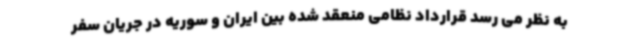
به نظر می رسد قرارداد نظامی منعقد شده بین ایران و سوریه در جریان سفر